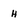
Character: h